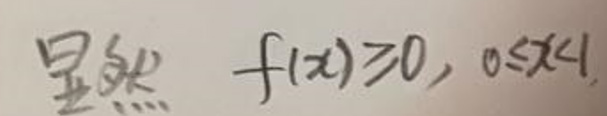
显然 \(f(x)\geqslant0,0\leqslant x<1\)